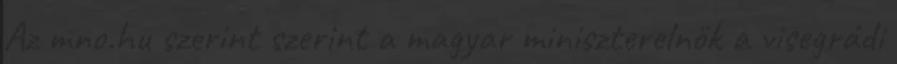
Az mno.hu szerint szerint a magyar miniszterelnök a visegrádi